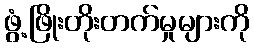
ဖွံ့ဖြိုးတိုးတက်မှုများကို